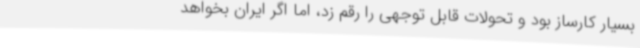
بسیار کارساز بود و تحولات قابل توجهی را رقم زد، اما اگر ایران بخواهد